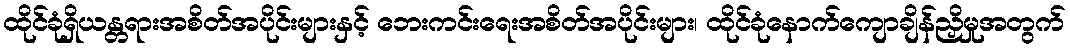
ထိုင်ခုံရှိယန္တရားအစိတ်အပိုင်းများနှင့် ဘေးကင်းရေးအစိတ်အပိုင်းများ၊ ထိုင်ခုံနောက်ကျောချိန်ညှိမှုအတွက်